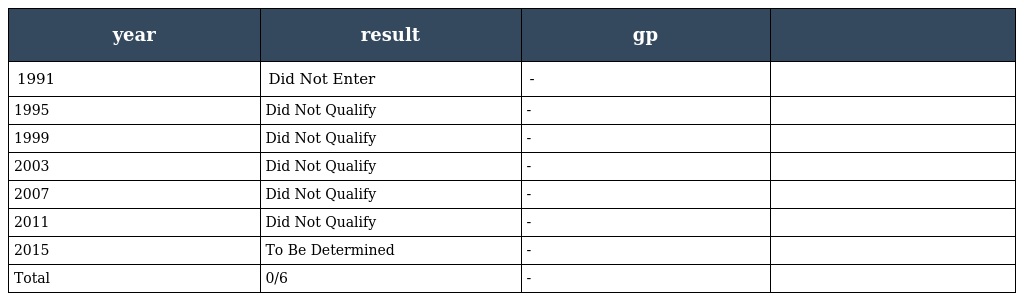
| year | result | gp |  |
 | --- | --- | --- | --- |
 | 1991 | Did Not Enter | - |  |
 | 1995 | Did Not Qualify | - |  |
 | 1999 | Did Not Qualify | - |  |
 | 2003 | Did Not Qualify | - |  |
 | 2007 | Did Not Qualify | - |  |
 | 2011 | Did Not Qualify | - |  |
 | 2015 | To Be Determined | - |  |
 | Total | 0/6 | - |  |